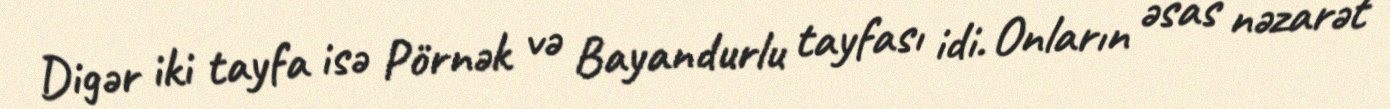
Digər iki tayfa isə Pörnək və Bayandurlu tayfası idi. Onların əsas nəzarət